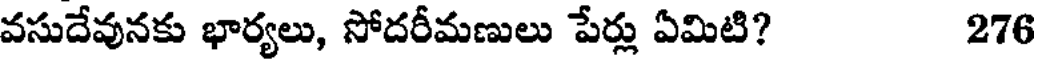
వసుదేవునకు భార్యలు, సోదరీమణులు పేర్లు ఏమిటి? 276